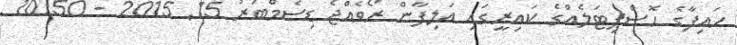
ހައިފާގެ ހޮސްޕިޓަލެއްގެ ކައިރީގައި އަލިފާން ރޯވެއްޖެ ޑިސެމްބަރު 15